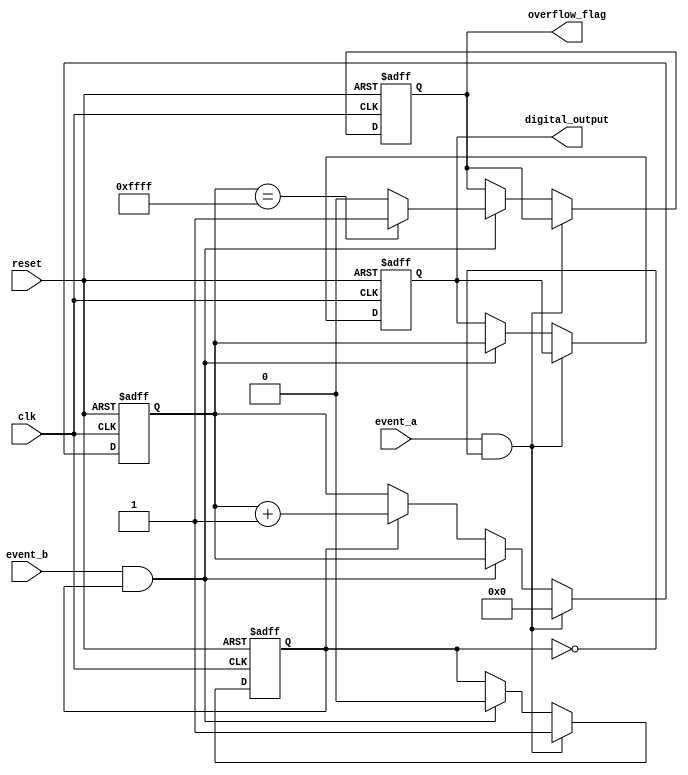
module TDC (
    input wire clk,            // High-resolution clock
    input wire reset,          // Asynchronous reset
    input wire event_a,        // Event A input
    input wire event_b,        // Event B input
    output reg [15:0] digital_output, // Digital output representing time interval
    output reg overflow_flag    // Overflow flag
);

    reg [15:0] counter;        // Counter to measure time intervals
    reg measuring;             // State to indicate if measuring is active

    // Control logic to manage the counting process
    always @(posedge clk or posedge reset) begin
        if (reset) begin
            counter <= 16'b0;
            digital_output <= 16'b0;
            overflow_flag <= 1'b0;
            measuring <= 1'b0;
        end else begin
            if (event_a && !measuring) begin
                // Start measuring on Event A
                measuring <= 1'b1;
                counter <= 16'b0; // Reset counter
            end else if (event_b && measuring) begin
                // Stop measuring on Event B
                measuring <= 1'b0;
                digital_output <= counter; // Capture the count
                if (counter == 16'hFFFF) begin
                    overflow_flag <= 1'b1; // Set overflow flag
                end else begin
                    overflow_flag <= 1'b0; // Clear overflow flag
                end
            end else if (measuring) begin
                // Increment counter while measuring
                counter <= counter + 1'b1;
            end
        end
    end

endmodule